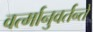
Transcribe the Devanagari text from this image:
वर्त्मानुवर्तन्ते